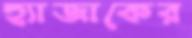
হ্যাজাকের